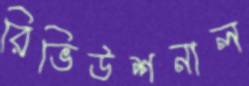
রিভিউশনাল